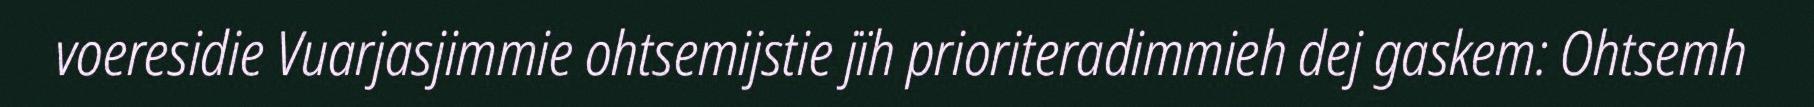
voeresidie Vuarjasjimmie ohtsemijstie jïh prioriteradimmieh dej gaskem: Ohtsemh